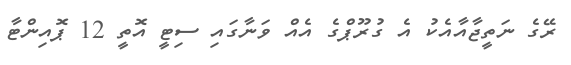
ރޭގެ ނަތީޖާއާއެކު އެ ގުރޫޕްގެ އެއް ވަނާގައި ސިޓީ އޮތީ 12 ޕޮއިންޓާ